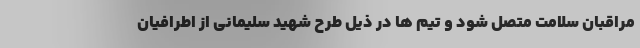
مراقبان سلامت متصل شود و تیم ها در ذیل طرح شهید سلیمانی از اطرافیان